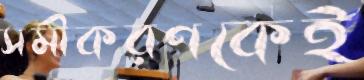
সমীকরণকেই